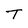
Character: T